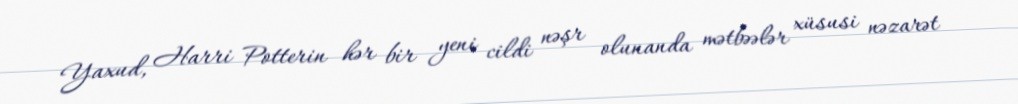
Yaxud, Harri Potterin hər bir yeni cildi nəşr olunanda mətbəələr xüsusi nəzarət